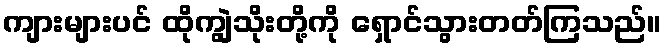
ကျားများပင် ထိုကျွဲသိုးတို့ကို ရှောင်သွားတတ်ကြသည်။